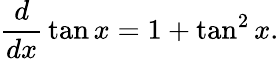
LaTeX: {\frac{d}{dx}}\tan x=1+\tan^{2}x.